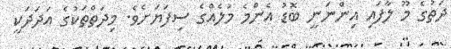
ދަތުގެ މޫ ލާފައި އިންނަނީ ބޮޑު އެންމެ މުލެއްގެ ސިފަޔަށެވެ. މިދަތްތަކުގެ އަދަދަކީ